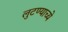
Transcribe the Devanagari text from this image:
लुटण्याच्ये